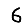
Digit: 6